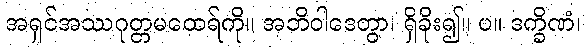
အရှင်အဿဂုတ္တမထေရ်ကို။ အဘိဝါဒေတွာ၊ ရှိခိုး၍။ ပ။ ဒက္ခိဏံ၊